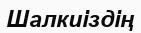
Шалкиіздің